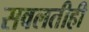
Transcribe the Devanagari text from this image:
सवलतीही